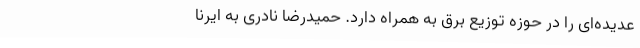
عدیده‌ای را در حوزه توزیع برق به همراه دارد. حمیدرضا نادری به ایرنا